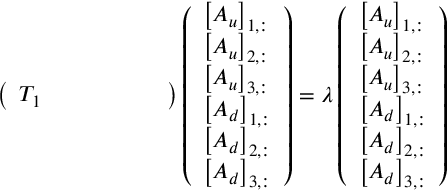
\left( \begin{array} { l l l l l l } { T _ { 1 } } & { } & { } & { } & { } & { } \end{array} \right) \left( \begin{array} { l } { \left[ A _ { u } \right] _ { 1 , : } } \\ { \left[ A _ { u } \right] _ { 2 , : } } \\ { \left[ A _ { u } \right] _ { 3 , : } } \\ { \left[ A _ { d } \right] _ { 1 , : } } \\ { \left[ A _ { d } \right] _ { 2 , : } } \\ { \left[ A _ { d } \right] _ { 3 , : } } \end{array} \right) = \lambda \left( \begin{array} { l } { \left[ A _ { u } \right] _ { 1 , : } } \\ { \left[ A _ { u } \right] _ { 2 , : } } \\ { \left[ A _ { u } \right] _ { 3 , : } } \\ { \left[ A _ { d } \right] _ { 1 , : } } \\ { \left[ A _ { d } \right] _ { 2 , : } } \\ { \left[ A _ { d } \right] _ { 3 , : } } \end{array} \right)